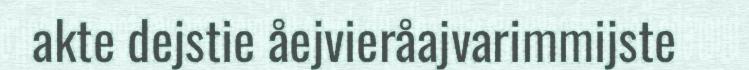
akte dejstie åejvieråajvarimmijste